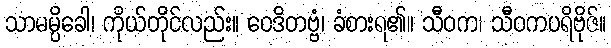
သာမမ္ပိခေါ၊ ကိုယ်တိုင်လည်း။ ဝေဒိတဗ္ဗံ၊ ခံစားရ၏။ သီဝက၊ သီဝကပရိဗိုဇ်။